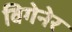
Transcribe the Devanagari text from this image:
विगेनेर